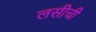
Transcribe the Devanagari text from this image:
लसीची